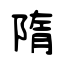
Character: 隋